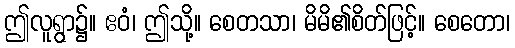
ဤလူရွာ၌။ ဧဝံ၊ ဤသို့။ စေတသာ၊ မိမိ၏စိတ်ဖြင့်။ စေတော၊